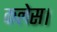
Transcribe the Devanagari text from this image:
कलेस।